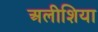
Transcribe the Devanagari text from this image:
अलीशिया